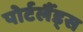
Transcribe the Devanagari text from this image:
पोर्टलैंड्स